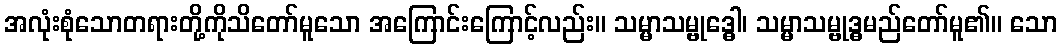
အလုံးစုံသောတရားတို့ကိုသိတော်မူသော အကြောင်းကြောင့်လည်း။ သမ္မာသမ္ဗုဒ္ဓေါ၊ သမ္မာသမ္ဗုဒ္ဓမည်တော်မူ၏။ သော